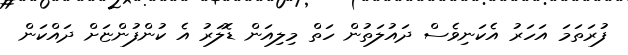
ފުރަތަމަ އަހަރު އެކަނިވެސް ދައުލަތުން ހަތް މިލިއަން ޑޮލަރު އެ ކުންފުންޏަށް ދައްކަން